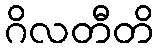
ဂိလတီတိ